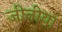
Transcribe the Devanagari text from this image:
जीनीवा